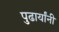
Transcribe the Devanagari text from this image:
पुढार्यांनी